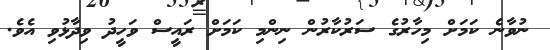
ނުވާނެ ކަމަށް މިހާރުގެ ސަރުކާރުން ނިންމި ކަމަށް ރައީސް ވަހީދު ވިދާޅުވި އެވެ.